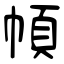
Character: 幁